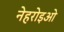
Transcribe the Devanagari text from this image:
नेहरोइओ